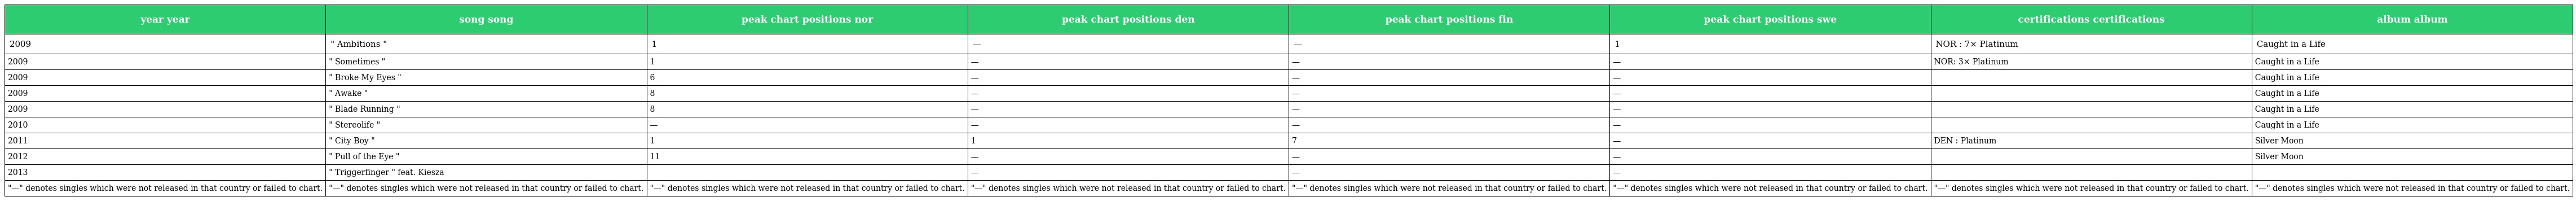
| year year | song song | peak chart positions nor | peak chart positions den | peak chart positions fin | peak chart positions swe | certifications certifications | album album |
 | --- | --- | --- | --- | --- | --- | --- | --- |
 | 2009 | " Ambitions " | 1 | — | — | 1 | NOR : 7× Platinum | Caught in a Life |
 | 2009 | " Sometimes " | 1 | — | — | — | NOR: 3× Platinum | Caught in a Life |
 | 2009 | " Broke My Eyes " | 6 | — | — | — |  | Caught in a Life |
 | 2009 | " Awake " | 8 | — | — | — |  | Caught in a Life |
 | 2009 | " Blade Running " | 8 | — | — | — |  | Caught in a Life |
 | 2010 | " Stereolife " | — | — | — | — |  | Caught in a Life |
 | 2011 | " City Boy " | 1 | 1 | 7 | — | DEN : Platinum | Silver Moon |
 | 2012 | " Pull of the Eye " | 11 | — | — | — |  | Silver Moon |
 | 2013 | " Triggerfinger " feat. Kiesza |  | — | — | — |  |  |
 | "—" denotes singles which were not released in that country or failed to chart. | "—" denotes singles which were not released in that country or failed to chart. | "—" denotes singles which were not released in that country or failed to chart. | "—" denotes singles which were not released in that country or failed to chart. | "—" denotes singles which were not released in that country or failed to chart. | "—" denotes singles which were not released in that country or failed to chart. | "—" denotes singles which were not released in that country or failed to chart. | "—" denotes singles which were not released in that country or failed to chart. |